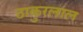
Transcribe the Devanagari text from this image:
ठाकुरलाल